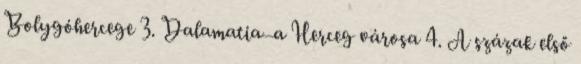
Bolygóhercege 3. Dalamatia—a Herceg városa 4. A százak első